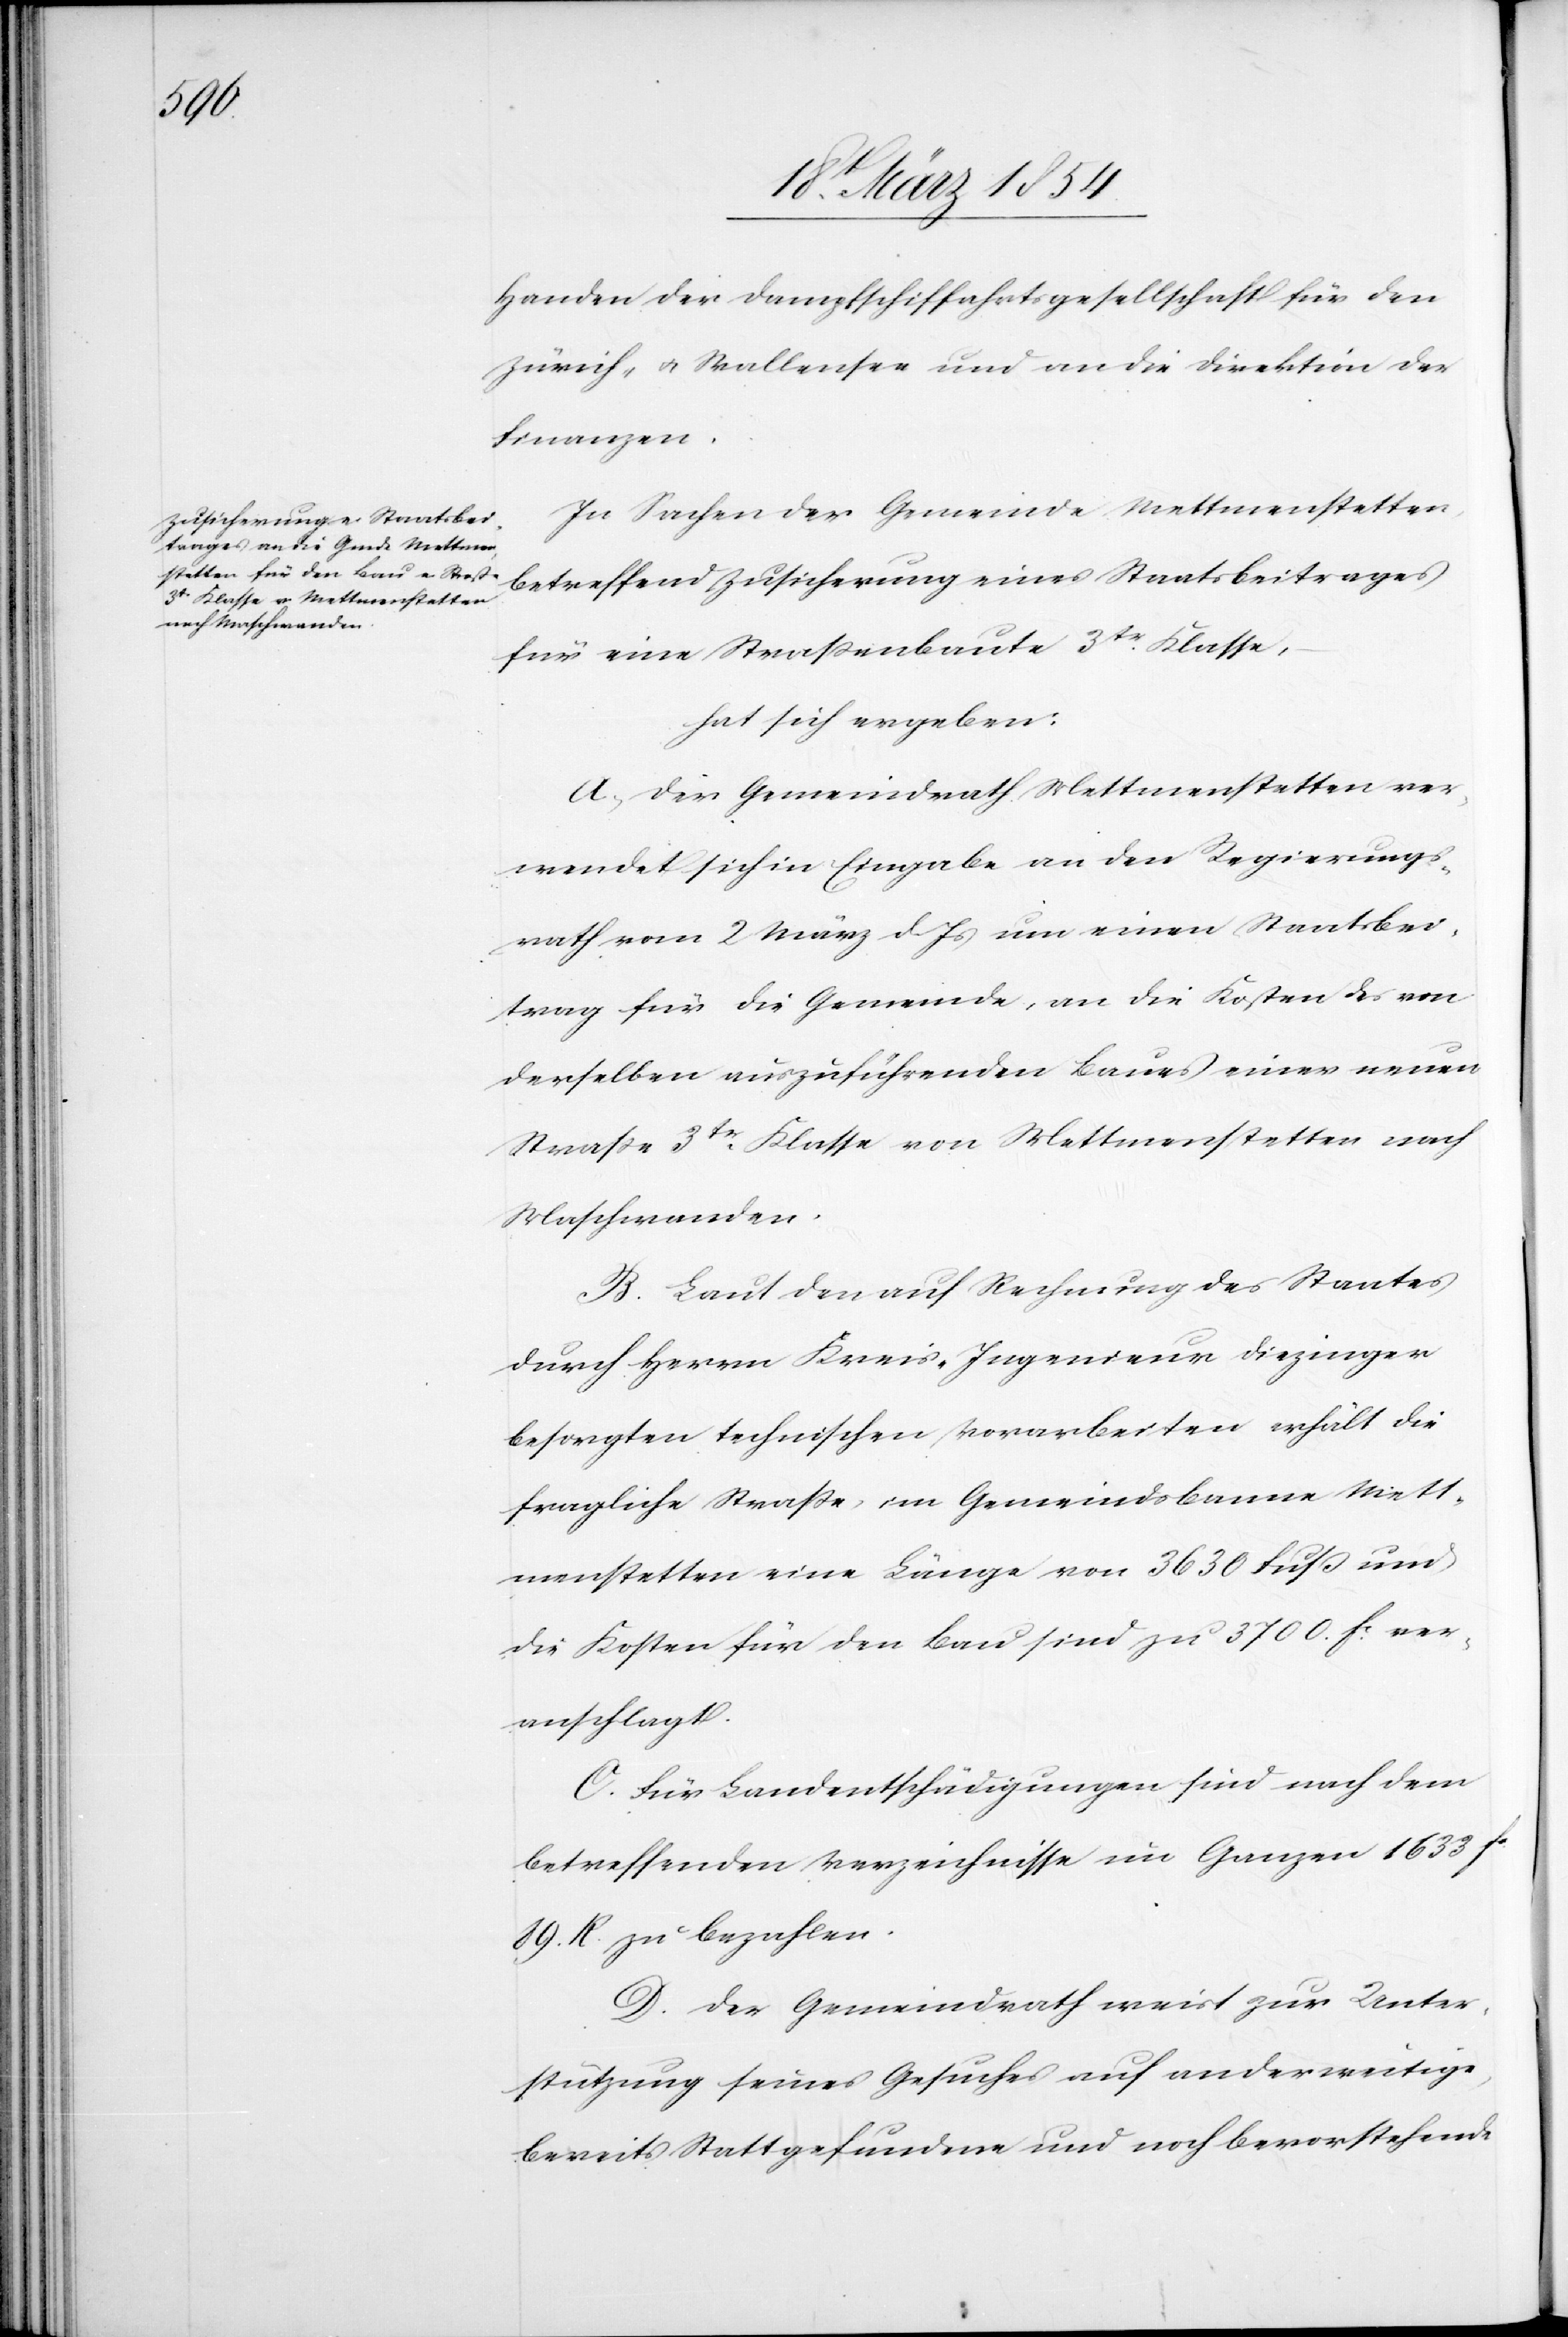
Handen der Dampfschiffahrtsgesellschaft für den
Zürich- u. Wallensee und an die Direktion der
Finanzen.
In Sachen der Gemeinde Mettmenstetten,
betreffend Zusicherung eines Staatsbeitrages
für eine Straßenbaute 3tr Klasse,
hat sich ergeben:
A. Der Gemeindrath von Mettmenstetten ver¬
wendet sich in Eingabe an den Regierungs¬
rath vom 2 März d. Js um einen Staatsbei¬
trag für die Gemeinde, an die Kosten des von
derselben auszuführenden Baues einer neuen
Straße 3tr Klasse von Mettmenstetten nach
Maschwanden.
B. Laut den auf Rechnung des Staates
durch Herrn Kreis-Ingenieur Diezinger
besorgten technischen Vorarbeiten erhält die
fragliche Straße, im Gemeindsbanne Mett¬
menstetten eine Länge von 3630 Fuß und
die Kosten für den Bau sind zu 3700 Fc ver¬
anschlagt.
C. Für Landentschädigungen sind nach dem
betreffenden Verzeichnisse im Ganzen 1633 Fc
89. R. zu bezahlen.
D. Der Gemeindrath weist zur Unter¬
stützung seines Gesuches auf anderweitige,
bereits Statt gefundene und noch bevorstehende